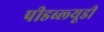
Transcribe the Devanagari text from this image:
पीडब्‍ल्‍यूडी